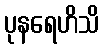
ပုနရေဟိသိ